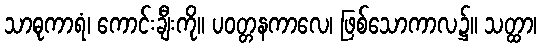
သာဓုကာရံ၊ ကောင်းချီးကို။ ပဝတ္တနကာလေ၊ ဖြစ်သောကာလ၌။ သတ္ထာ၊